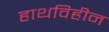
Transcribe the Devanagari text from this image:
हाथविहीन